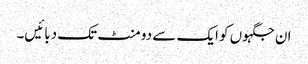
ان جگہوں کو ایک سے دو منٹ تک دبائیں۔